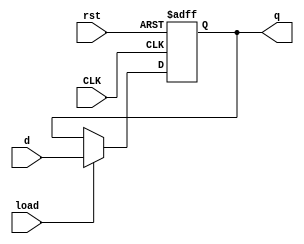
module workReg(
    input wire CLK,
    input wire rst,
    input wire load,
    input wire [15:0] d,
    output reg [15:0] q
);
always @(posedge CLK or posedge rst) begin
    if(rst==1'b1) q<=16'h0000; 
    else begin
        if(load==1'b1)
        q<=d;
    end
end
endmodule